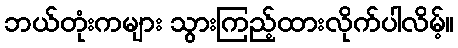
ဘယ်တုံးကများ သွားကြည့်ထားလိုက်ပါလိမ့်။